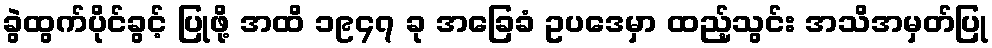
ခွဲထွက်ပိုင်ခွင့် ပြုဖို့ အထိ ၁၉၄၇ ခု အခြေခံ ဥပဒေမှာ ထည့်သွင်း အသိအမှတ်ပြု